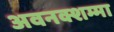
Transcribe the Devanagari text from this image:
अवनक्शम्मा